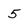
Character: 5